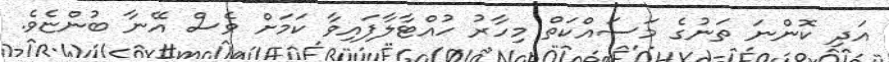
އަދި ކޮންނަ ތަނުގެ މަސައްކަތް މިހާރު ހުއްޓާލާފައިވާ ކަމަށް ވެސް އޭނާ ބުންޏެވެ.